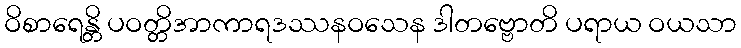
ဝိစာရေန္တိ ပဝတ္တိအာကာရဒဿနဝသေန ဒါတဗ္ဗောတိ ပရာယ ဝယသာ